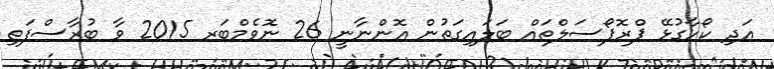
އަދި ކޯހާގުޅޭ ޕްރޮޕޯސަލްތައް ބަލައިގަތުން އޮންނާނީ 26 ނޮވެމްބަރ 2015 ވާ ބުރާސްފަތި